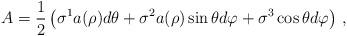
LaTeX: \begin{align*} A=\frac{1}{2}\left(\sigma^1 a(\rho) d\theta+\sigma^2 a(\rho)\sin\theta d\varphi+\sigma^3 \cos\theta d\varphi \right)\,,\end{align*}